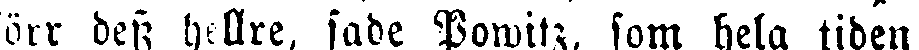
förr dess hellre, sade Powitz, som hela tiden